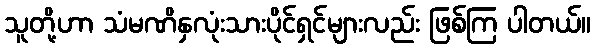
သူတို့ဟာ သံမဏိနှလုံးသားပိုင်ရှင်များလည်း ဖြစ်ကြ ပါတယ်။